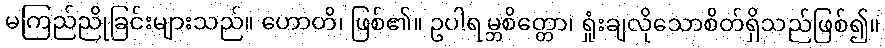
မကြည်ညိုခြင်းများသည်။ ဟောတိ၊ ဖြစ်၏။ ဥပါရမ္ဘစိတ္တော၊ ရှုံးချလိုသောစိတ်ရှိသည်ဖြစ်၍။